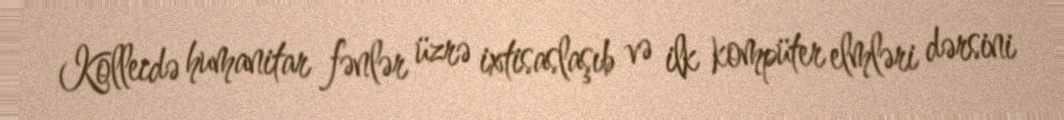
Kollecdə humanitar fənlər üzrə ixtisaslaşıb və ilk kompüter elmləri dərsini